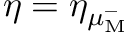
\eta = \eta _ { \mu _ { \mathrm { M } } ^ { - } }